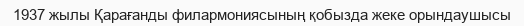
1937 жылы Қарағанды филармониясының қобызда жеке орындаушысы